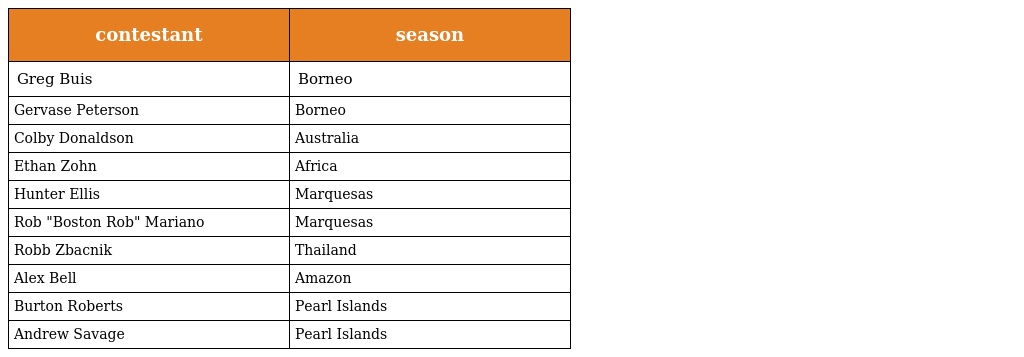
| contestant | season |
 | --- | --- |
 | Greg Buis | Borneo |
 | Gervase Peterson | Borneo |
 | Colby Donaldson | Australia |
 | Ethan Zohn | Africa |
 | Hunter Ellis | Marquesas |
 | Rob "Boston Rob" Mariano | Marquesas |
 | Robb Zbacnik | Thailand |
 | Alex Bell | Amazon |
 | Burton Roberts | Pearl Islands |
 | Andrew Savage | Pearl Islands |